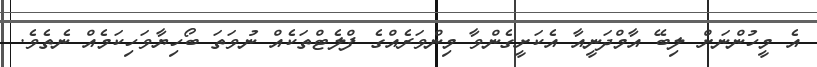
އެ މީހުންނަށް ލިބޭ އާމްދަނީއާ އެކަށީގެންވާ މިންވަރެއްގެ ފްލެޓްތަކެއް ނުވަތަ ބޯހިޔާވަހިކަމެއް ނެތެވެ.